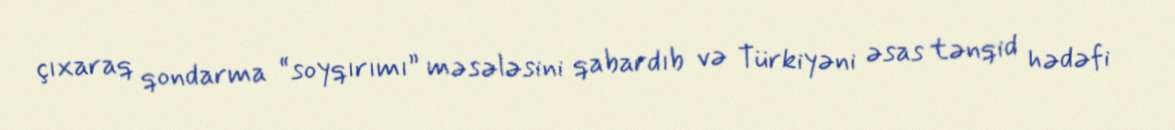
çıxaraq qondarma “soyqırımı” məsələsini qabardıb və Türkiyəni əsas tənqid hədəfi